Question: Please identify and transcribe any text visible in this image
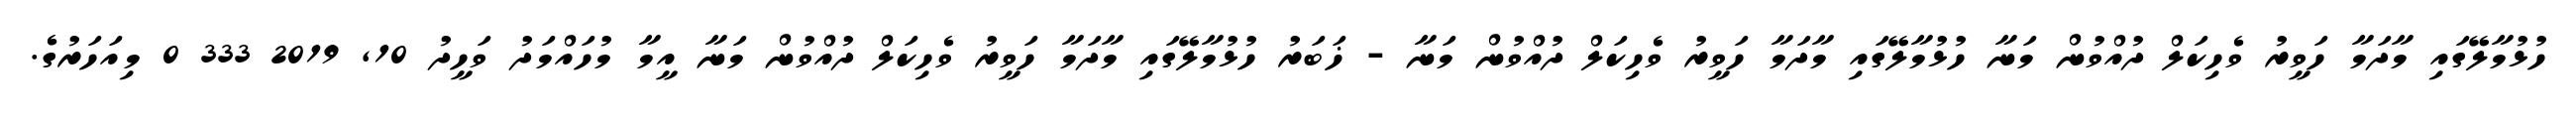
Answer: ހުޅުމާލޭގައި މާދަމާ ހަވީރު ވެހިކަލް ދުއްވުން މަނާ ހުޅުމާލޭގައި މާދަމާ ހަވީރު ވެހިކަލް ދުއްވުން މަނާ - ޚަބަރު ހުޅުމާލޭގައި މާދަމާ ހަވީރު ވެހިކަލް ދުއްވުން މަނާ އީމާ މުހައްމަދު ވަހީދު 10, 2019 333 0 މިއަހަރުގެ.